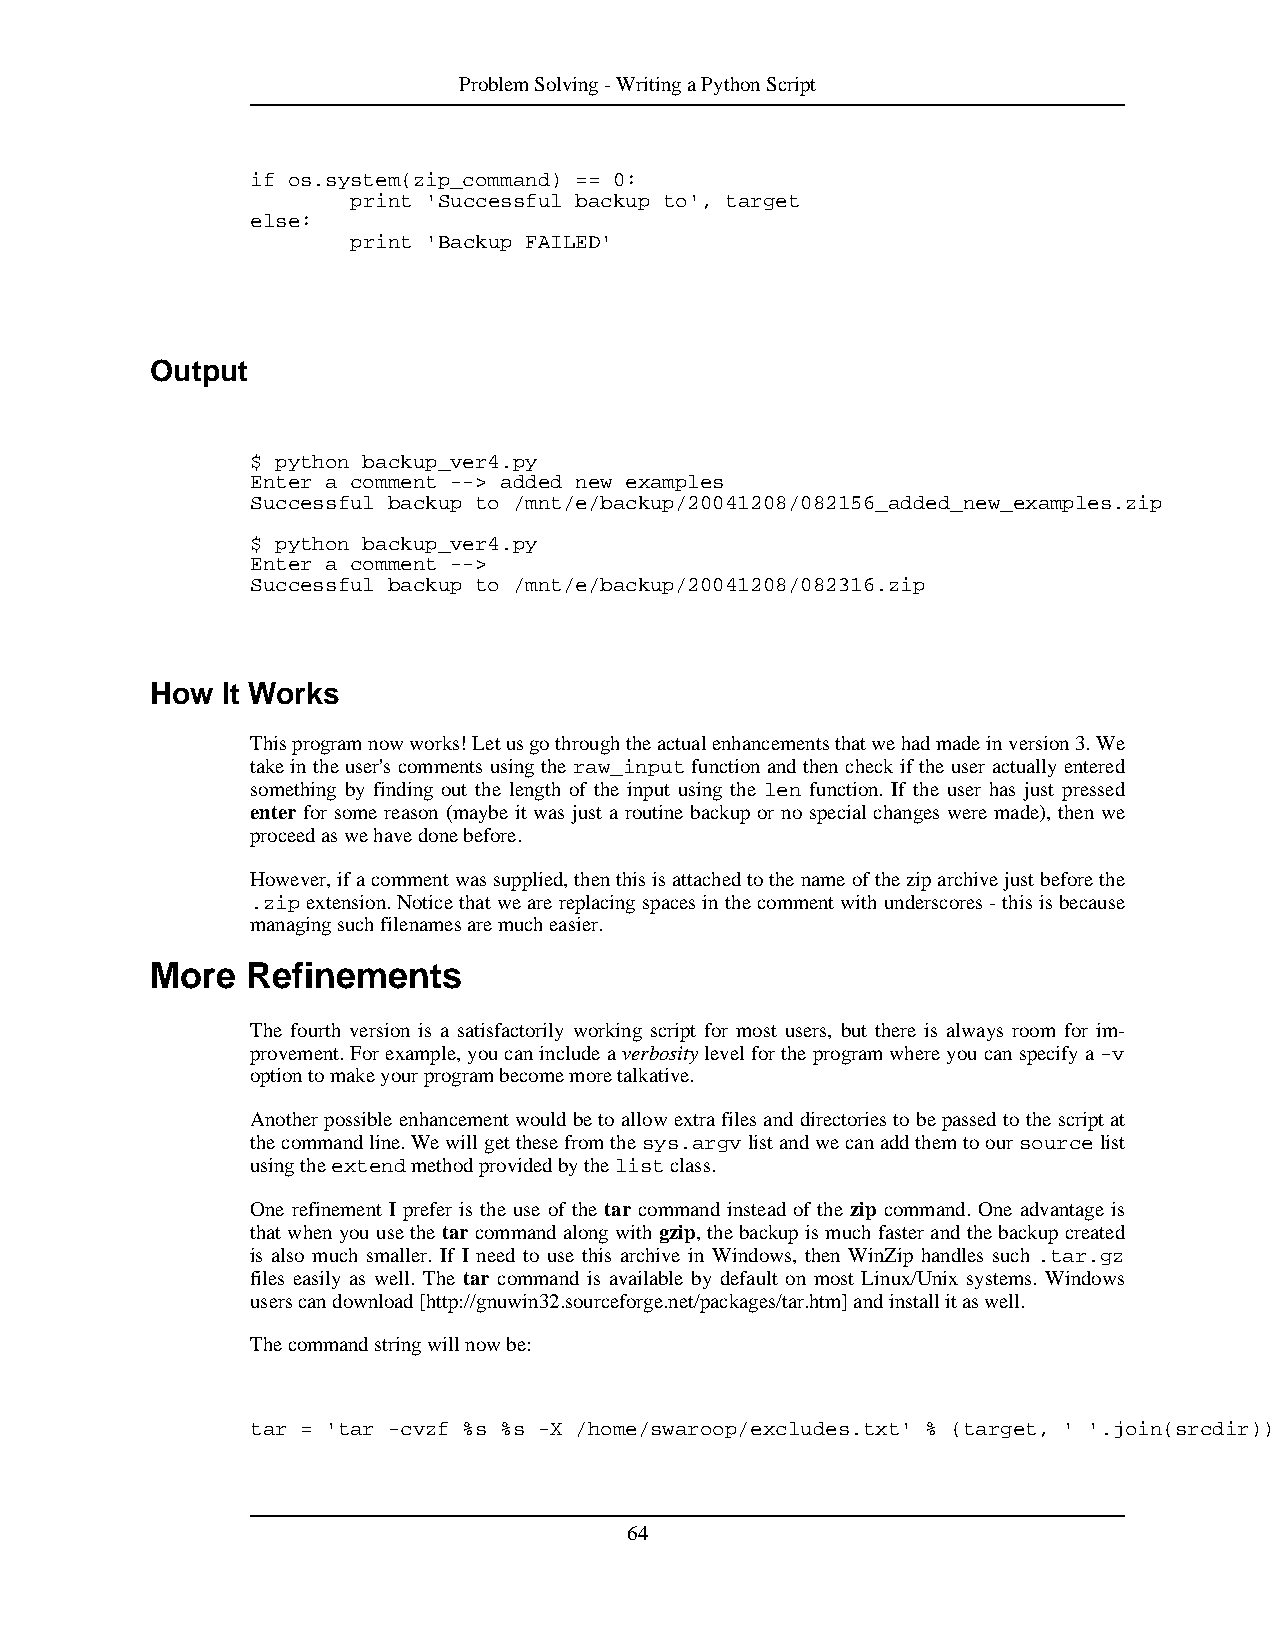
ProblemSolving-WritingaPythonScript
 if os.system(zip_command) == 0:
 print 'Successful backup to', target
 else:
 print 'Backup FAILED'
 Output
 $ python backup_ver4.py
 Enter a comment --> added new examples
 Successful backup to /mnt/e/backup/20041208/082156_added_new_examples.zip
 $ python backup_ver4.py
 Enter a comment -->
 Successful backup to /mnt/e/backup/20041208/082316.zip
 How  It Works
 Thisprogramnowworks!Letusgothroughtheactualenhancementsthatwehadmadeinversion3.We
 takeintheuser'scommentsusingtheraw_inputfunctionandthencheckiftheuseractuallyentered
 something by finding out the length of the input using the len function. If the user has just pressed
 enter for some reason (maybe it was just a routine backup or no special changes were made), then we
 proceedaswehavedonebefore.
 However,ifacommentwassupplied,thenthisisattachedtothenameoftheziparchivejustbeforethe
 .zipextension.Noticethatwearereplacingspacesinthecommentwithunderscores-thisisbecause
 managingsuchfilenamesaremucheasier.
 More  Refinements
 The fourth version is a satisfactorily working script for most users, but there is always room for im-
 provement.Forexample,youcanincludeaverbositylevelfortheprogramwhereyoucanspecifya-v
 optiontomakeyourprogrambecomemoretalkative.
 Anotherpossibleenhancementwouldbetoallowextrafilesanddirectoriestobepassedtothescriptat
 thecommandline.Wewillgetthesefromthesys.argvlistandwecanaddthemtooursourcelist
 usingtheextendmethodprovidedbythelistclass.
 One refinement I prefer is the use of the tar command instead of the zip command. One advantage is
 thatwhenyouusethetarcommandalongwithgzip,thebackupismuchfasterandthebackupcreated
 is also much smaller. If I need to use this archive in Windows, then WinZip handles such .tar.gz
 files easily as well. The tar command is available by default on most Linux/Unix systems. Windows
 userscandownload[http://gnuwin32.sourceforge.net/packages/tar.htm]andinstallitaswell.
 Thecommandstringwillnowbe:
 tar = 'tar -cvzf %s %s -X /home/swaroop/excludes.txt' % (target, ' '.join(srcdir))
 64